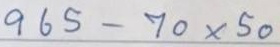
965 - 70 x 50